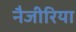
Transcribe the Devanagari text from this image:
नैजीरिया